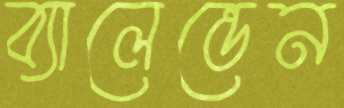
ব্যালেন্ডেন